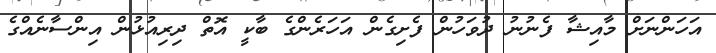
އަހަންނަށް މާއިޝާ ފެނުނު ދުވަހުން ފެށިގެން އަހަރެންގެ ބާކީ އޮތް ދިރިއުޅުން އިންސާނެއްގެ